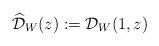
LaTeX: \begin{align*}\widehat{\mathcal{D}}_W(z):=\mathcal{D}_W(1,z)\end{align*}